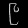
Digit: ၉